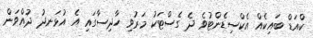
ކްއަޑް ބައިކެއް އެކްސިޑެންޓުވެ ދެ ގެސްޓަކު މަރުވި ހާދިސާގައި އެ އުޅަނދު ދުއްވަން